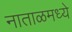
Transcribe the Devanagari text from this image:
नाताळमध्ये